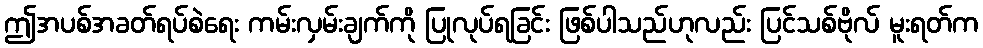
ဤအပစ်အခတ်ရပ်စဲရေး ကမ်းလှမ်းချက်ကို ပြုလုပ်ရခြင်း ဖြစ်ပါသည်ဟုလည်း ပြင်သစ်ဗိုလ် မူးရတ်က